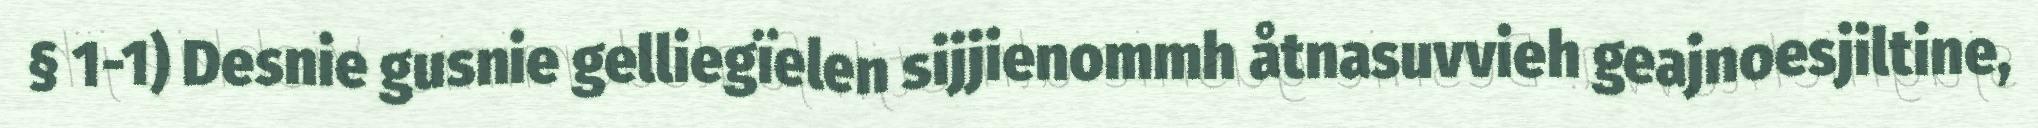
§ 1-1) Desnie gusnie gelliegïelen sijjienommh åtnasuvvieh geajnoesjiltine,